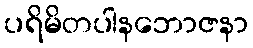
ပရိမိတပါနဘောဇနာ